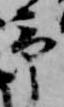
予